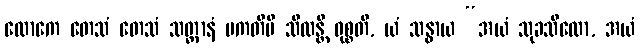
လောကေ တေသံ တေသံ သတ္တာနံ ပကတိပိ သီလန္တိ ဝုစ္စတိ, ယံ သန္ဓာယ “အယံ သုခသီလော, အယံ